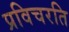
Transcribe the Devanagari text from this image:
प्रविचरति